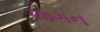
જગન